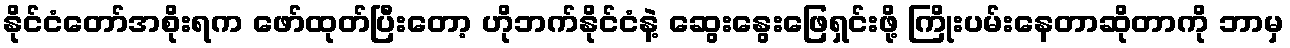
နိုင်ငံတော်အစိုးရက ဖော်ထုတ်ပြီးတော့ ဟိုဘက်နိုင်ငံနဲ့ ဆွေးနွေးဖြေရှင်းဖို့ ကြိုးပမ်းနေတာဆိုတာကို ဘာမှ